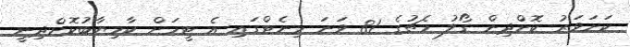
ކަށަވަރު ކޮށްދިން ގޯލު މެޗުގެ 81 ވަނަ މިނެޓްގައި އެ ޓީމަށް ކާމިޔާބުކޮށްދިނީ